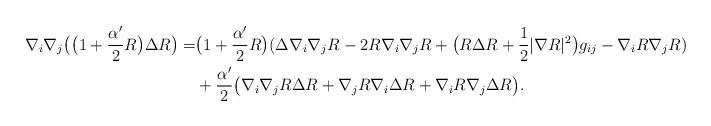
LaTeX: \begin{align*}\nabla_i\nabla_j\big(\big(1+\frac{\alpha'}{2}R\big)\Delta R\big)=&\big(1+\frac{\alpha'}{2}R\big)(\Delta\nabla_i\nabla_jR-2R\nabla_i\nabla_jR+\big(R\Delta R+\frac{1}{2}|\nabla R|^2\big)g_{ij}-\nabla_iR\nabla_jR)\\&+\frac{\alpha'}{2}\big(\nabla_i\nabla_jR\Delta R+\nabla_jR\nabla_i\Delta R+\nabla_iR\nabla_j\Delta R\big).\end{align*}